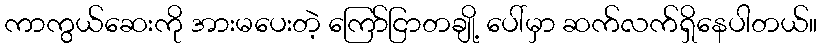
ကာကွယ်ဆေးကို အားမပေးတဲ့ ကြော်ငြာတချို့ ပေါ်မှာ ဆက်လက်ရှိနေပါတယ်။